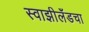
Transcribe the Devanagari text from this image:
स्वाझीलँडचा